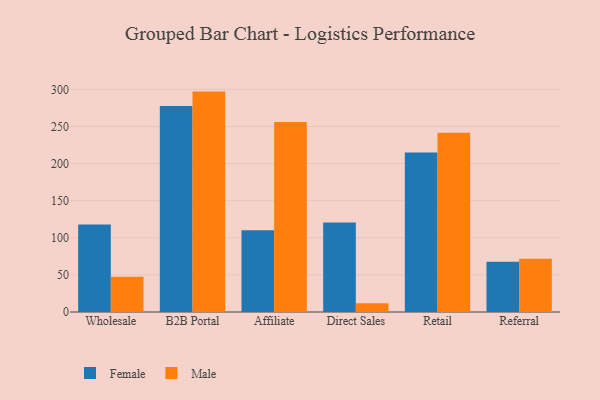
{"axis": {"x": "Channel", "y": "Population (Million)"}, "legend": ["Female", "Male"], "data": [{"x": "Wholesale", "y": 117.9, "type": "Female"}, {"x": "Wholesale", "y": 47.5, "type": "Male"}, {"x": "B2B Portal", "y": 277.4, "type": "Female"}, {"x": "B2B Portal", "y": 296.9, "type": "Male"}, {"x": "Affiliate", "y": 110.1, "type": "Female"}, {"x": "Affiliate", "y": 255.9, "type": "Male"}, {"x": "Direct Sales", "y": 120.6, "type": "Female"}, {"x": "Direct Sales", "y": 11.9, "type": "Male"}, {"x": "Retail", "y": 214.8, "type": "Female"}, {"x": "Retail", "y": 241.3, "type": "Male"}, {"x": "Referral", "y": 67.7, "type": "Female"}, {"x": "Referral", "y": 71.6, "type": "Male"}]}